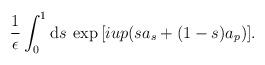
LaTeX: \begin{align*}\frac{1}{\epsilon}\int_0^1 {\rm d}s \>\exp{[i u p (s a_s + (1-s)a_p)]}. \end{align*}